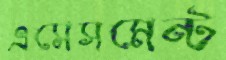
এসেসমেন্ট